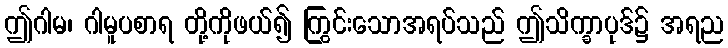
ဤဂါမ၊ ဂါမူပစာရ တို့ကိုဖယ်၍ ကြွင်းသောအရပ်သည် ဤသိက္ခာပုဒ်၌ အရည